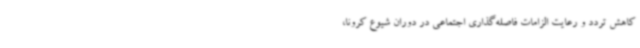
کاهش تردد و رعایت الزامات فاصله‌گذاری اجتماعی در دوران شیوع کرونا،